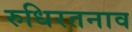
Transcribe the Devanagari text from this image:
रुधिरतनाव